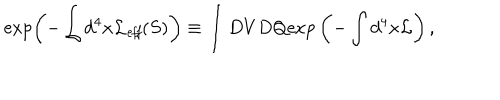
LaTeX: \exp \left( - \int d ^ { 4 } x { \cal L } _ { \it e f f } ( S ) \right) \equiv \int D V D Q \mathrm { e x p } \left( - \int d ^ { 4 } x { \cal L } \right) ,